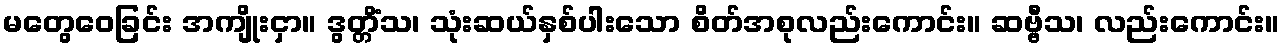
မတွေဝေခြင်း အကျိုးငှာ။ ဒွတ္တိံသ၊ သုံးဆယ်နှစ်ပါးသော စိတ်အစုလည်းကောင်း။ ဆဗ္ဗီသ၊ လည်းကောင်း။